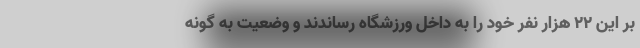
بر این ۲۲ هزار نفر خود را به داخل ورزشگاه رساندند و وضعیت به گونه